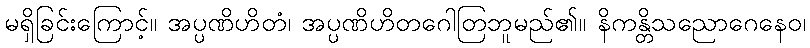
မရှိခြင်းကြောင့်။ အပ္ပဏိဟိတံ၊ အပ္ပဏိဟိတဂေါတြဘူမည်၏။ နိကန္တိသညောဂေနေဝ၊